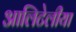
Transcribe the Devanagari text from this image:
आलिटेलीया